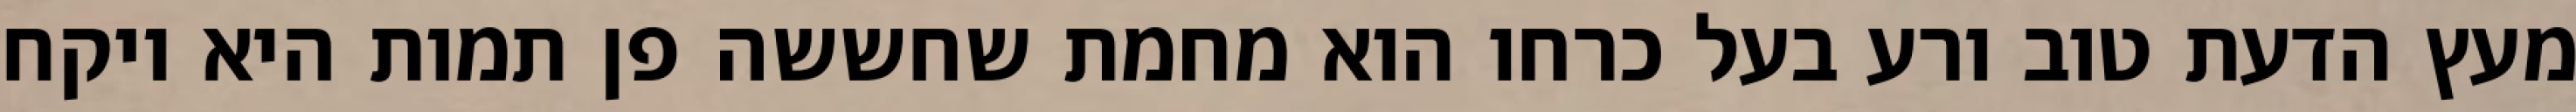
מעץ הדעת טוב ורע בעל כרחו הוא מחמת שחששה פן תמות היא ויקח